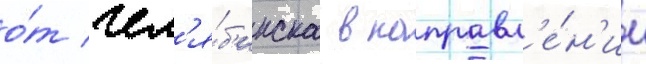
о́т чел'я́б'инска в направл'е́н'ии